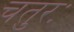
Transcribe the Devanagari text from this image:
चतुरः